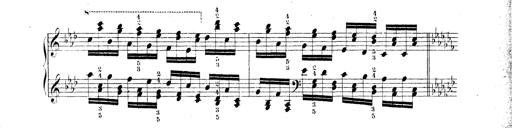
Title: Technische Studien
Composer: Franz Liszt